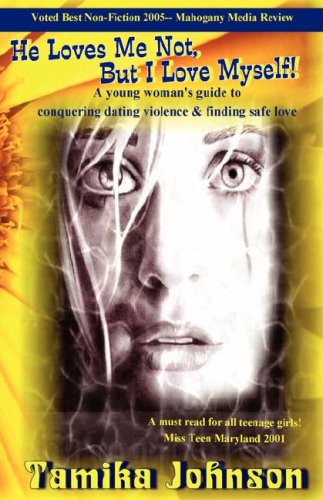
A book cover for He Loves Me Not, but I Love Myself!: A Young Woman's Guide to Conquering Dating Violence & Finding Safe Love; Tamika Johnson; Teen & Young Adult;